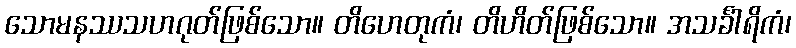
သောမနဿသဟဂုတ်ဖြစ်သော။ တိဟေတုကံ၊ တိဟိတ်ဖြစ်သော။ အသင်္ခါရိကံ၊